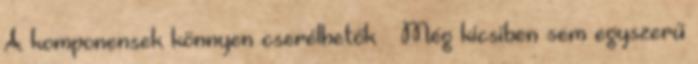
A komponensek könnyen cserélhetők – Még kicsiben sem egyszerű